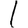
Digit: 1